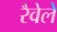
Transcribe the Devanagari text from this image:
रैवेले